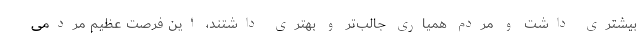
بیشتری داشت و مردم همیاری جالب‌تر و بهتری داشتند، این فرصت عظیم مردمی